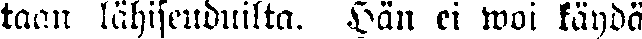
taan lähiseuduilta. Hän ei woi käydä